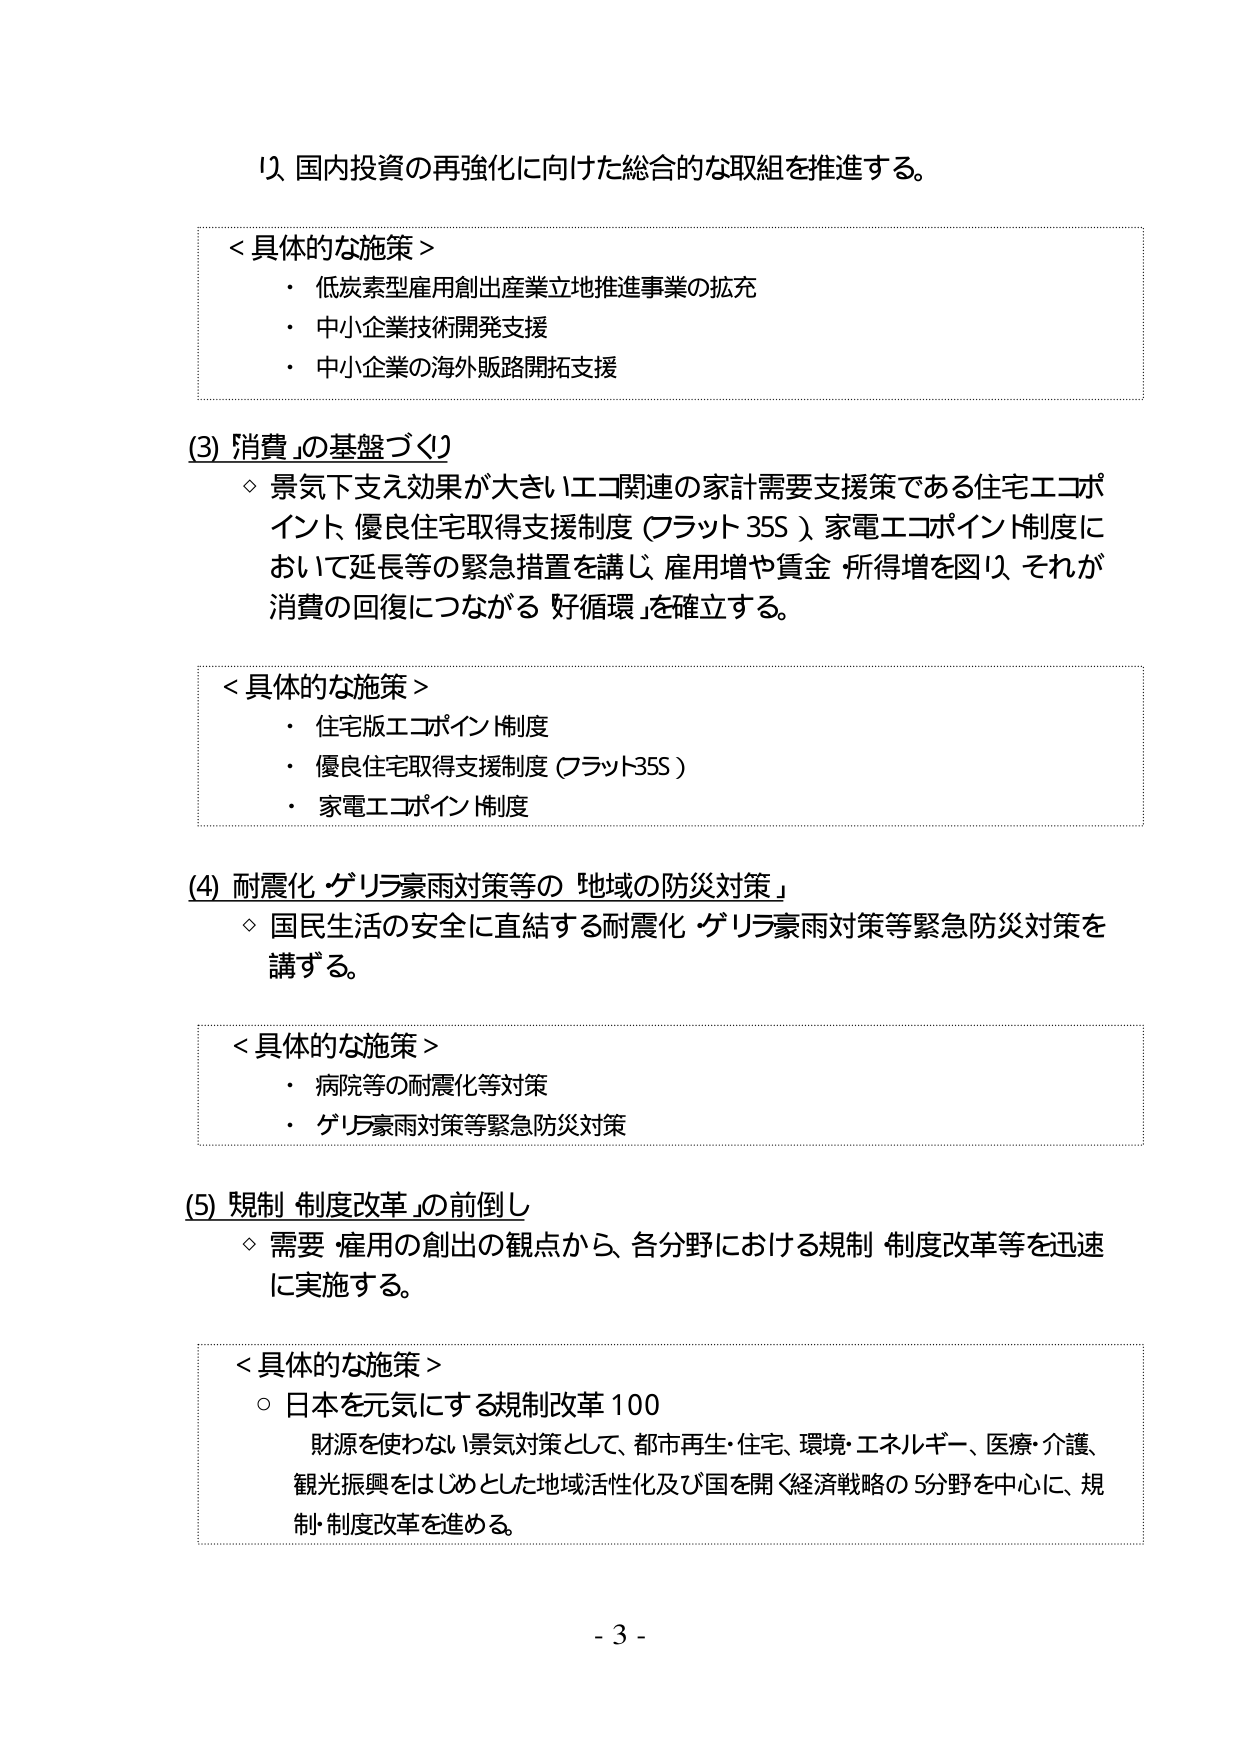
り、国内投資の再強化に向けた総合的な取組を推進する。

＜具体的な施策＞
・ 低炭素型雇用創出産業立地推進事業の拡充
・ 中小企業技術開発支援
・ 中小企業の海外販路開拓支援

(3)「消費」の基盤づくり
◇ 景気下支え効果が大きいエコ関連の家計需要支援策である住宅エコポイント、優良住宅取得支援制度（フラット35S）、家電エコポイント制度において延長等の緊急措置を講じ、雇用増や賃金・所得増を図り、それが消費の回復につながる「好循環」を確立する。

＜具体的な施策＞
・ 住宅版エコポイント制度
・ 優良住宅取得支援制度（フラット35S）
・ 家電エコポイント制度

(4) 耐震化・ゲリラ豪雨対策等の「地域の防災対策」
◇ 国民生活の安全に直結する耐震化・ゲリラ豪雨対策等緊急防災対策を講ずる。

＜具体的な施策＞
・ 病院等の耐震化等対策
・ ゲリラ豪雨対策等緊急防災対策

(5)「規制・制度改革」の前倒し
◇ 需要・雇用の創出の観点から、各分野における規制・制度改革等を迅速に実施する。

＜具体的な施策＞
○ 日本を元気にする規制改革100
　財源を使わない景気対策として、都市再生・住宅、環境・エネルギー、医療・介護、観光振興をはじめとした地域活性化及び国を開く経済戦略の5分野を中心に、規制・制度改革を進める。

- 3 -